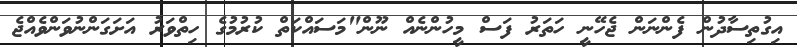
އިގުތިސާދުން ފެންނަން ޖެހޭނީ ހަތަރު ފަސް މީހުންނެއް ނޫން"މަސައްކަތް ކުރުމުގެ ހިތްވަރު އަށަގަންނުވަންވެއްޖެ